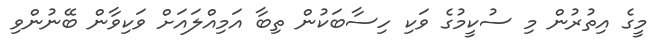
މީގެ އިތުރުން މި ސުކީމުގެ ވަކި ހިސާބަކުން ތިބާ އަމިއްލައަށް ވަކިވާން ބޭނުންވި